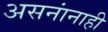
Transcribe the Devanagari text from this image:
असनांनाही